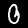
Label: 0